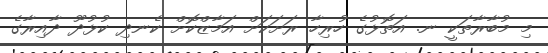
މި މުބާރާތަކީ ނ. އަތޮޅުގެ ހުރިހާ ރަށަކަށް އަމާޒްކޮށް ކެނދި ކުޅުދޫ ދާއިރާގެ